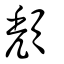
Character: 頽